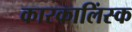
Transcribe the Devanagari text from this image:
कारकालिंस्क